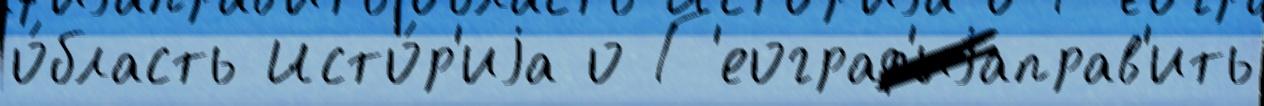
о́бласть Исто́р'иjа о Г'еограф'иjаправ'ить